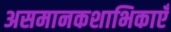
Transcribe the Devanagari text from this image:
असमानकशाभिकाएँ